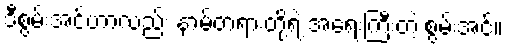
ဒီစွမ်းအင်ဟာလည်း နာမ်တရားတို့ရဲ့ အရေးကြီးတဲ့ စွမ်းအင်။